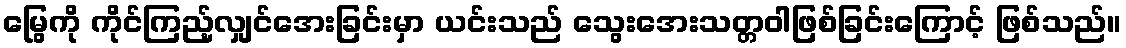
မြွေကို ကိုင်ကြည့်လျှင်အေးခြင်းမှာ ယင်းသည် သွေးအေးသတ္တဝါဖြစ်ခြင်းကြောင့် ဖြစ်သည်။